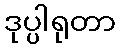
ဒုပ္ပါရုတာ